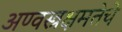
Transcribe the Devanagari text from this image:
अण्वस्त्रक्षमतेचे